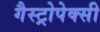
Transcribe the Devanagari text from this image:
गैस्ट्रोपेक्सी